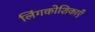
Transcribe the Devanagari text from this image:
लिंगकोशिकाएँ